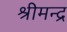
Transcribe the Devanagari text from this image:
श्रीमन्द्र